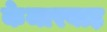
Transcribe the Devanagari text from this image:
केमारवाड़